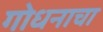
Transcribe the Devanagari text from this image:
गोधनाचा